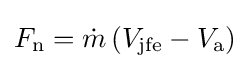
F_{\text{n}}={\dot {m}}\left(V_{\text{jfe}}-V_{\text{a}}\right)